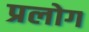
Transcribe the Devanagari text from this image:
प्रलोग